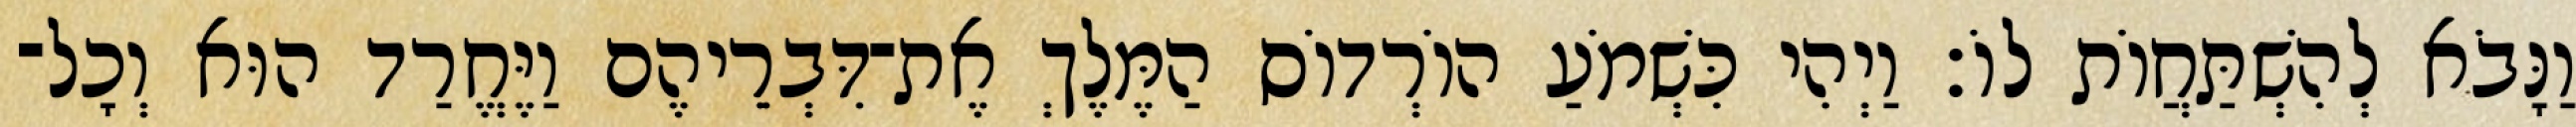
וַנָּבֹא לְהִשְׁתַּחֲוֹת לוֹ׃ וַיְהִי כִּשְׁמֹעַ הוֹרְדוֹס הַמֶּלֶךְ אֶת־דִּבְרֵיהֶם וַיֶּחֱרַד הוּא וְכָל־